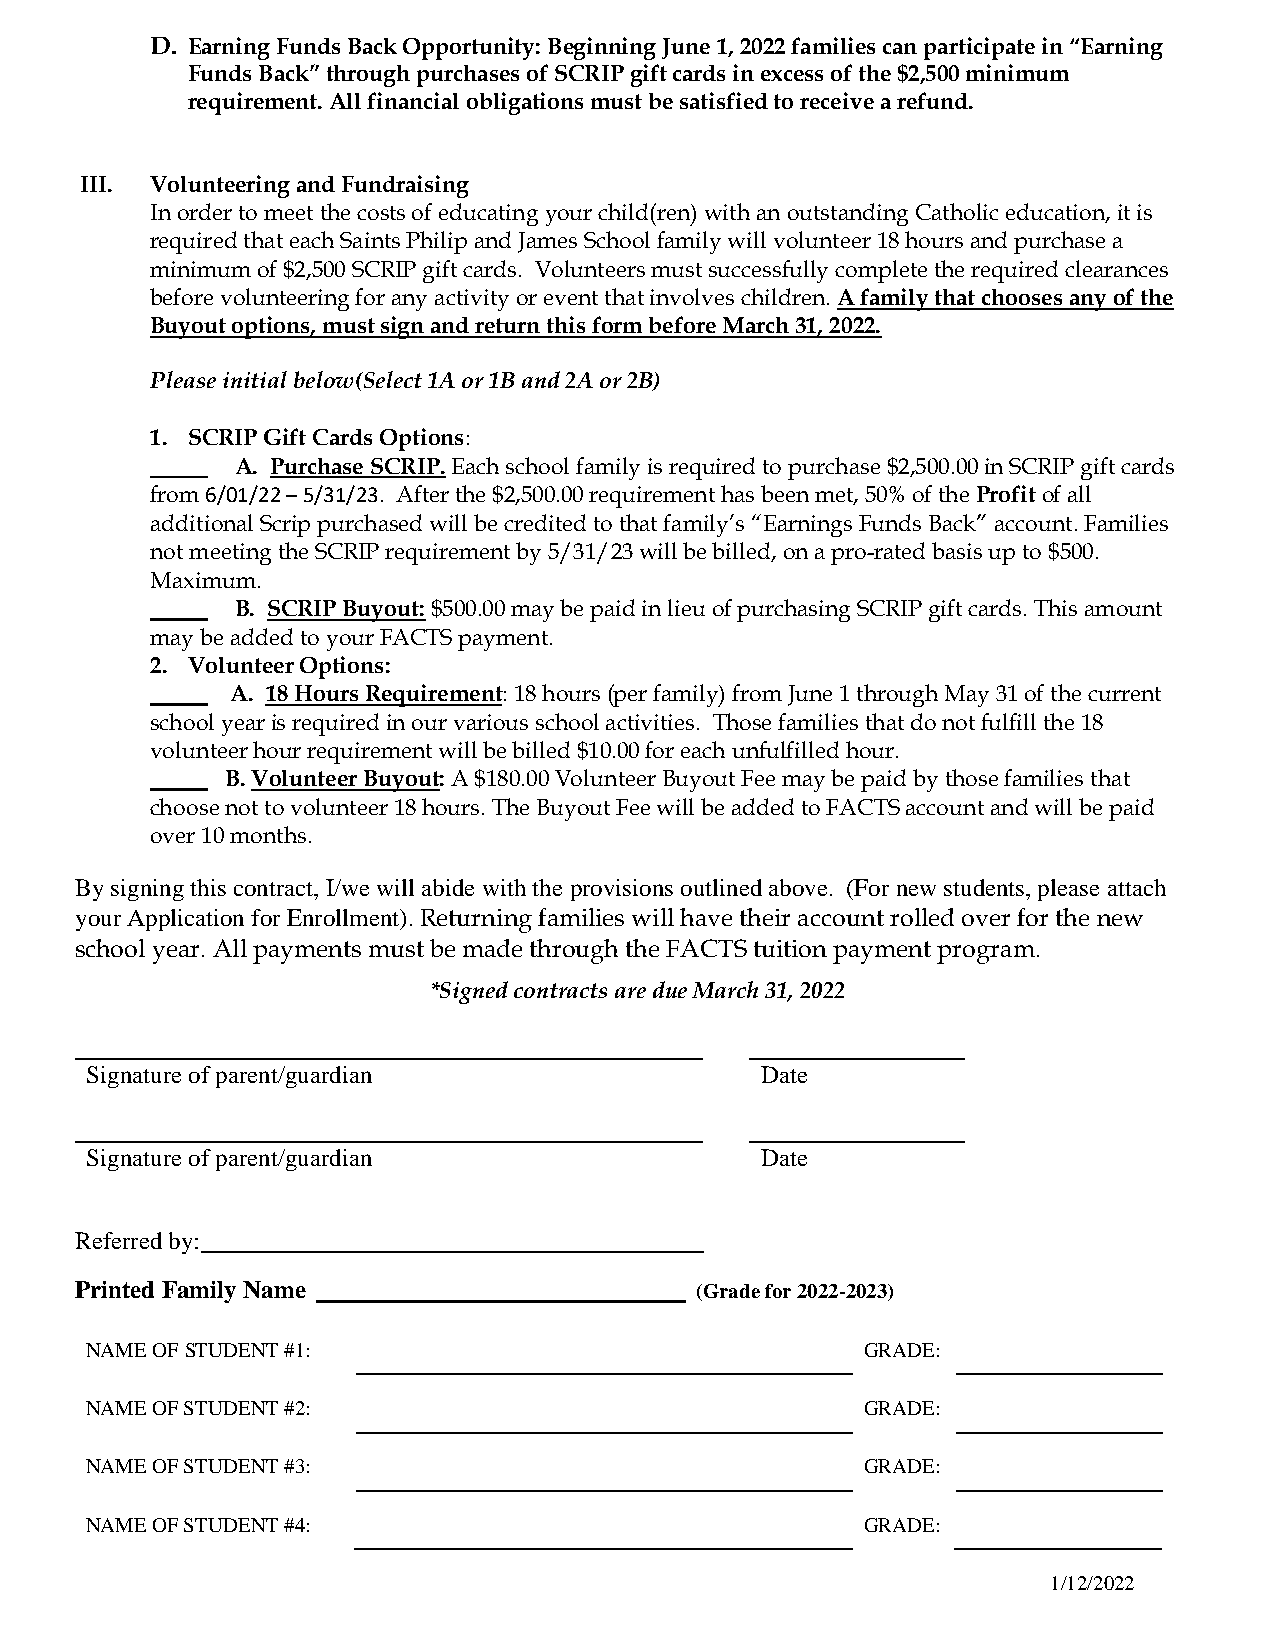
D. Earning Funds Back Opportunity: Beginning June 1, 2022 families can participate in “Earning
 Funds Back” through purchases of SCRIP gift cards in excess of the $2,500 minimum
 requirement. All financial obligations must be satisfied to receive a refund.
 III. Volunteering and Fundraising
 In order to meet the costs of educating your child(ren) with an outstanding Catholic education, it is
 required that each Saints Philip and James School family will volunteer 18 hours and purchase a
 minimum of $2,500 SCRIP gift cards. Volunteers must successfully complete the required clearances
 before volunteering for any activity or event that involves children. A family that chooses any of the
 Buyout options, must sign and return this form before March 31, 2022.
 Please initial below(Select 1A or 1B and 2A or 2B)
 1. SCRIP Gift Cards Options:
 _____ A. Purchase SCRIP. Each school family is required to purchase $2,500.00 in SCRIP gift cards
 from 6/01/22 – 5/31/23. After the $2,500.00 requirement has been met, 50% of the Profit of all
 additional Scrip purchased will be credited to that family’s “Earnings Funds Back” account. Families
 not meeting the SCRIP requirement by 5/31/23 will be billed, on a pro-rated basis up to $500.
 Maximum.
 _____ B. SCRIP Buyout: $500.00 may be paid in lieu of purchasing SCRIP gift cards. This amount
 may be added to your FACTS payment.
 2. Volunteer Options:
 _____ A. 18 Hours Requirement: 18 hours (per family) from June 1 through May 31 of the current
 school year is required in our various school activities. Those families that do not fulfill the 18
 volunteer hour requirement will be billed $10.00 for each unfulfilled hour.
 _____ B. Volunteer Buyout: A $180.00 Volunteer Buyout Fee may be paid by those families that
 choose not to volunteer 18 hours. The Buyout Fee will be added to FACTS account and will be paid
 over 10 months.
 By signing this contract, I/we will abide with the provisions outlined above. (For new students, please attach
 your Application for Enrollment). Returning families will have their account rolled over for the new
 school year. All payments must be made through the FACTS tuition payment program.
 *Signed contracts are due March 31, 2022
 Signature of parent/guardian                Date
 Signature of parent/guardian                Date
 Referred by:
 Printed Family Name                      (Grade for 2022-2023)
 NAME OF STUDENT #1:                                GRADE:
 NAME OF STUDENT #2:                                GRADE:
 NAME OF STUDENT #3:                                GRADE:
 NAME OF STUDENT #4:                                GRADE:
 1/12/2022